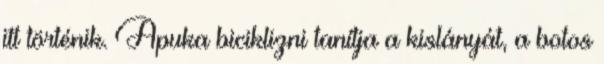
itt történik. Apuka biciklizni tanítja a kislányát, a botos